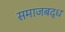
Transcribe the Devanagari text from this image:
समाजबद्ध